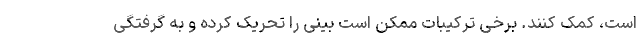
است، کمک کنند. برخی ترکیبات ممکن است بینی را تحریک کرده و به گرفتگی